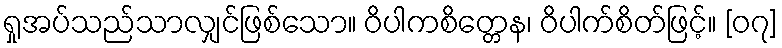
ရှုအပ်သည်သာလျှင်ဖြစ်သော။ ဝိပါကစိတ္တေန၊ ဝိပါက်စိတ်ဖြင့်။ [၀၇]